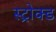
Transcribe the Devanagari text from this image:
स्ट्रोक्ड